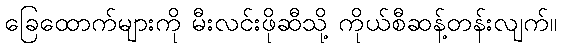
ခြေထောက်များကို မီးလင်းဖိုဆီသို့ ကိုယ်စီဆန့်တန်းလျက်။